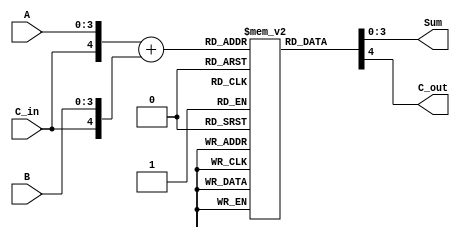
module BCD_LUT_Adder (
    input  wire [3:0] A,      // First BCD digit
    input  wire [3:0] B,      // Second BCD digit
    input  wire C_in,         // Carry input
    output reg  [3:0] Sum,    // BCD sum output
    output reg  C_out         // Carry output
);

    // Look-up table for BCD correction
    reg [4:0] LUT [0:31]; // 32 entries for (A, B, C_in) combinations

    initial begin
        // Precomputed LUT entries (Sum, C_out) for all combinations of A, B, and C_in
        // Format: {C_out, Sum[3:0]}
        LUT[0]  = 5'b00000; // A=0, B=0, C_in=0
        LUT[1]  = 5'b00001; // A=0, B=1, C_in=0
        LUT[2]  = 5'b00010; // A=0, B=2, C_in=0
        LUT[3]  = 5'b00011; // A=0, B=3, C_in=0
        LUT[4]  = 5'b00100; // A=0, B=4, C_in=0
        LUT[5]  = 5'b00101; // A=0, B=5, C_in=0
        LUT[6]  = 5'b00110; // A=0, B=6, C_in=0
        LUT[7]  = 5'b00111; // A=0, B=7, C_in=0
        LUT[8]  = 5'b01000; // A=0, B=8, C_in=0
        LUT[9]  = 5'b01001; // A=0, B=9, C_in=0
        LUT[10] = 5'b00010; // A=1, B=0, C_in=0
        LUT[11] = 5'b00011; // A=1, B=1, C_in=0
        LUT[12] = 5'b00100; // A=1, B=2, C_in=0
        LUT[13] = 5'b00101; // A=1, B=3, C_in=0
        LUT[14] = 5'b00110; // A=1, B=4, C_in=0
        LUT[15] = 5'b00111; // A=1, B=5, C_in=0
        LUT[16] = 5'b01000; // A=1, B=6, C_in=0
        LUT[17] = 5'b01001; // A=1, B=7, C_in=0
        LUT[18] = 5'b01010; // A=1, B=8, C_in=0
        LUT[19] = 5'b01011; // A=1, B=9, C_in=0
        LUT[20] = 5'b00100; // A=2, B=0, C_in=0
        // Continue filling the LUT for all combinations...
        // ...
        // Example for A=9, B=9
        LUT[30] = 5'b10000; // A=9, B=9, C_in=0 (result > 9, correction needed)
        LUT[31] = 5'b10001; // A=9, B=9, C_in=1 (result > 9, correction needed)
    end

    always @(*) begin
        // Calculate the index for the LUT
        // Combine A, B, and C_in to access the LUT
        {C_out, Sum} = LUT[{C_in, A} + {C_in, B}]; // Compute the index
        
        // Setting C_out based on LUT value
        C_out = {C_out}; // Assign carry out
    end

endmodule